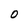
Character: 0